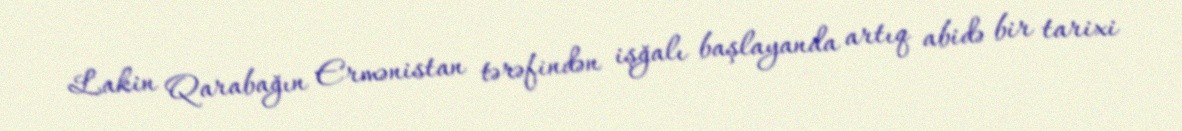
Lakin Qarabağın Ermənistan tərəfindən işğalı başlayanda artıq abidə bir tarixi